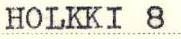
HOLKKI 8